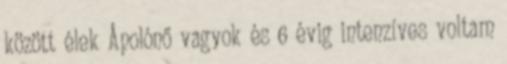
között élek Ápolónő vagyok és 6 évig intenzíves voltam